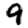
Digit: 9